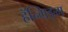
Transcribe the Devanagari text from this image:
हॅन्गिङ्ग